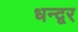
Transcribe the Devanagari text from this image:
धन्द्वर